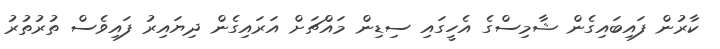
ކާރުން ފައިބައިގެން ޝާމިސްގެ އެހީގައި ސިޑިން މައްޗަށް އަރައިގެން ދިޔައިރު ފައިވެސް ތުރުތުރު